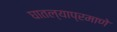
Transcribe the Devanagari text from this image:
घातल्याप्रमाणे